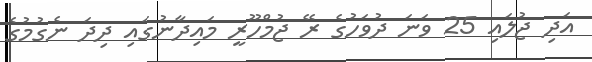
އަދި ޖުލައި 25 ވަނަ ދުވަހުގެ ރޭ ޖުމްހޫރީ މައިދާނުގައި ދިދަ ނެގުމުގެ